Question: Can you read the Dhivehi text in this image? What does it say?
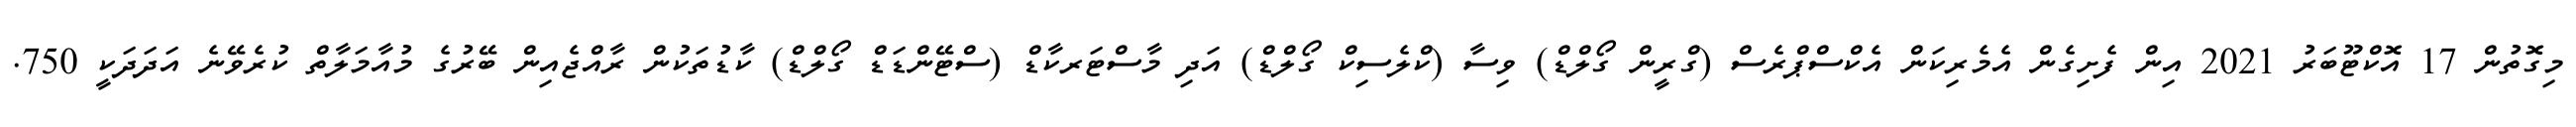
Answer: މިގޮތުން 17 އޮކްޓޫބަރު 2021 އިން ފެށިގެން އެމެރިކަން އެކްސްޕްރެސް (ގްރީން ގޯލްޑް) ވިސާ (ކްލެސިކް ގޯލްޑް) އަދި މާސްޓަރކާޑް (ސްޓޭންޑަޑް ގޯލްޑް) ކާޑުތަކުން ރާއްޖެއިން ބޭރުގެ މުއާމަލާތް ކުރެވޭނެ އަދަދަކީ 750.